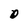
Character: 0